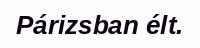
Párizsban élt.